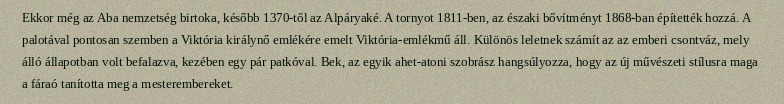
Ekkor még az Aba nemzetség birtoka, később 1370-től az Alpáryaké. A tornyot 1811-ben, az északi bővítményt 1868-ban építették hozzá. A palotával pontosan szemben a Viktória királynő emlékére emelt Viktória-emlékmű áll. Különös leletnek számít az az emberi csontváz, mely álló állapotban volt befalazva, kezében egy pár patkóval. Bek, az egyik ahet-atoni szobrász hangsúlyozza, hogy az új művészeti stílusra maga a fáraó tanította meg a mesterembereket.